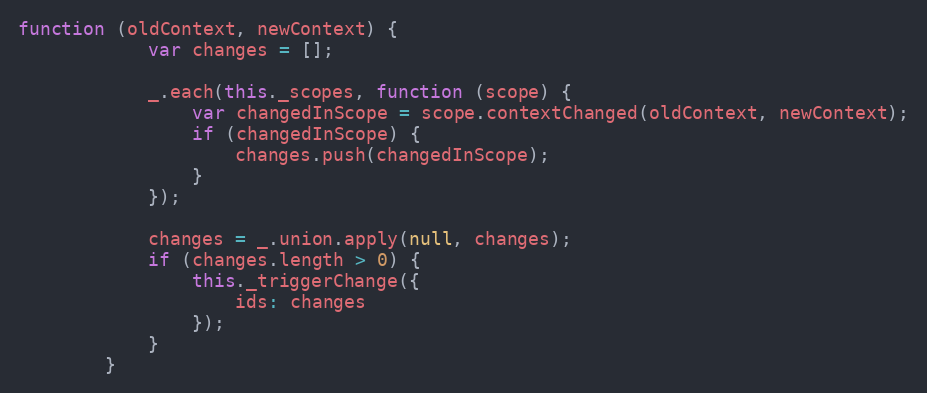
Language: JavaScript
function (oldContext, newContext) {
            var changes = [];

            _.each(this._scopes, function (scope) {
                var changedInScope = scope.contextChanged(oldContext, newContext);
                if (changedInScope) {
                    changes.push(changedInScope);
                }
            });

            changes = _.union.apply(null, changes);
            if (changes.length > 0) {
                this._triggerChange({
                    ids: changes
                });
            }
        }